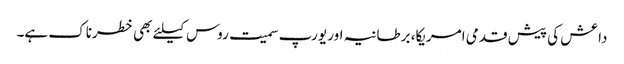
داعش کی پیش قدمی امریکا، برطانیہ اور یورپ سمیت روس کیلئے بھی خطرناک ہے۔